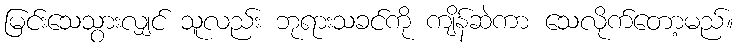
မြင်းသေသွားလျှင် သူလည်း ဘုရားသခင်ကို ကျိန်ဆဲကာ သေလိုက်တော့မည်။